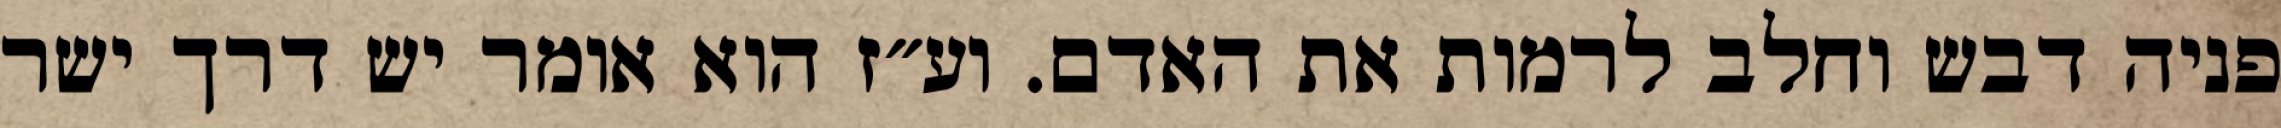
פניה דבש וחלב לרמות את האדם. וע״ז הוא אומר יש דרך ישר